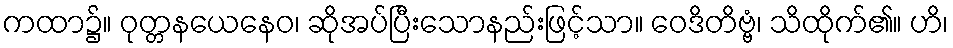
ကထာ၌။ ဝုတ္တနယေနေဝ၊ ဆိုအပ်ပြီးသောနည်းဖြင့်သာ။ ဝေဒိတိဗ္ဗံ၊ သိထိုက်၏။ ဟိ၊